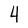
Character: 4